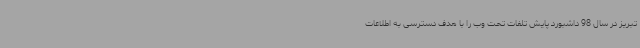
تبریز در سال 98 داشبورد پایش تلفات تحت وب را با هدف دسترسی به اطلاعات